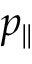
p _ { \parallel }